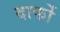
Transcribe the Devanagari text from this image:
दार्को